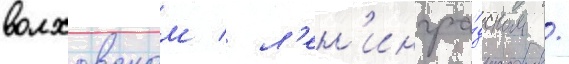
волховском / л'ен'ингра́дском /